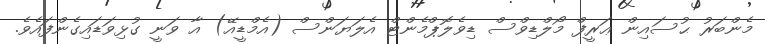
މެންބަރު ޙުސައިން ޢަރީފް މޯލްޑިވްސް ޑިވެލޮޕްމެންޓް އެލަޔަންސް (އެމްޑީއޭ) އާ ވަނީ ގުޅިވަޑައިގެންފައެވެ.